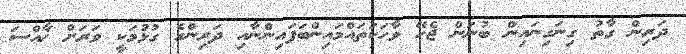
ދަރިން ގާތު ގިނަގިނައިން ބުނަން ޖެހޭ ވާހަކަތައްމައިންބަފައިންނާއި ދަރިންގެ ގުޅުމަކީ ވަރަށް ޚާއްސަ